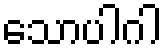
သောပါဂါ